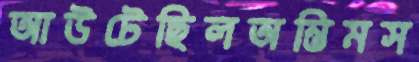
আউটেছিলঅন্তিমস